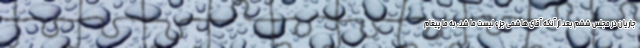
جاریان در مجلس ششم بعد از آنکه آقای هاشمی جزء لیست ما شد، به ما پیغام